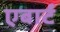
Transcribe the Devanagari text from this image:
एबार्ट